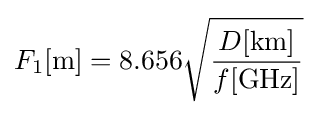
F_{1}\mathrm {[m]} =8.656{\sqrt {D\mathrm {[km]}  \over f\mathrm {[GHz]} }}